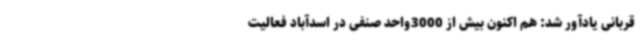
قربانی یادآور شد: هم اکنون بیش از 3000واحد صنفی در اسدآباد فعالیت